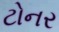
ટોનર